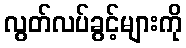
လွတ်လပ်ခွင့်များကို